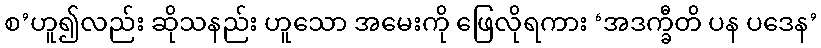
စ’ဟူ၍လည်း ဆိုသနည်း ဟူသော အမေးကို ဖြေလိုရကား ‘အဒက္ခီတိ ပန ပဒေန’